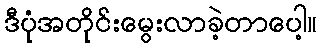
ဒီပုံအတိုင်းမွေးလာခဲ့တာပေါ့။